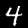
Label: 4